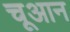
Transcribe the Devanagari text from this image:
चूआन